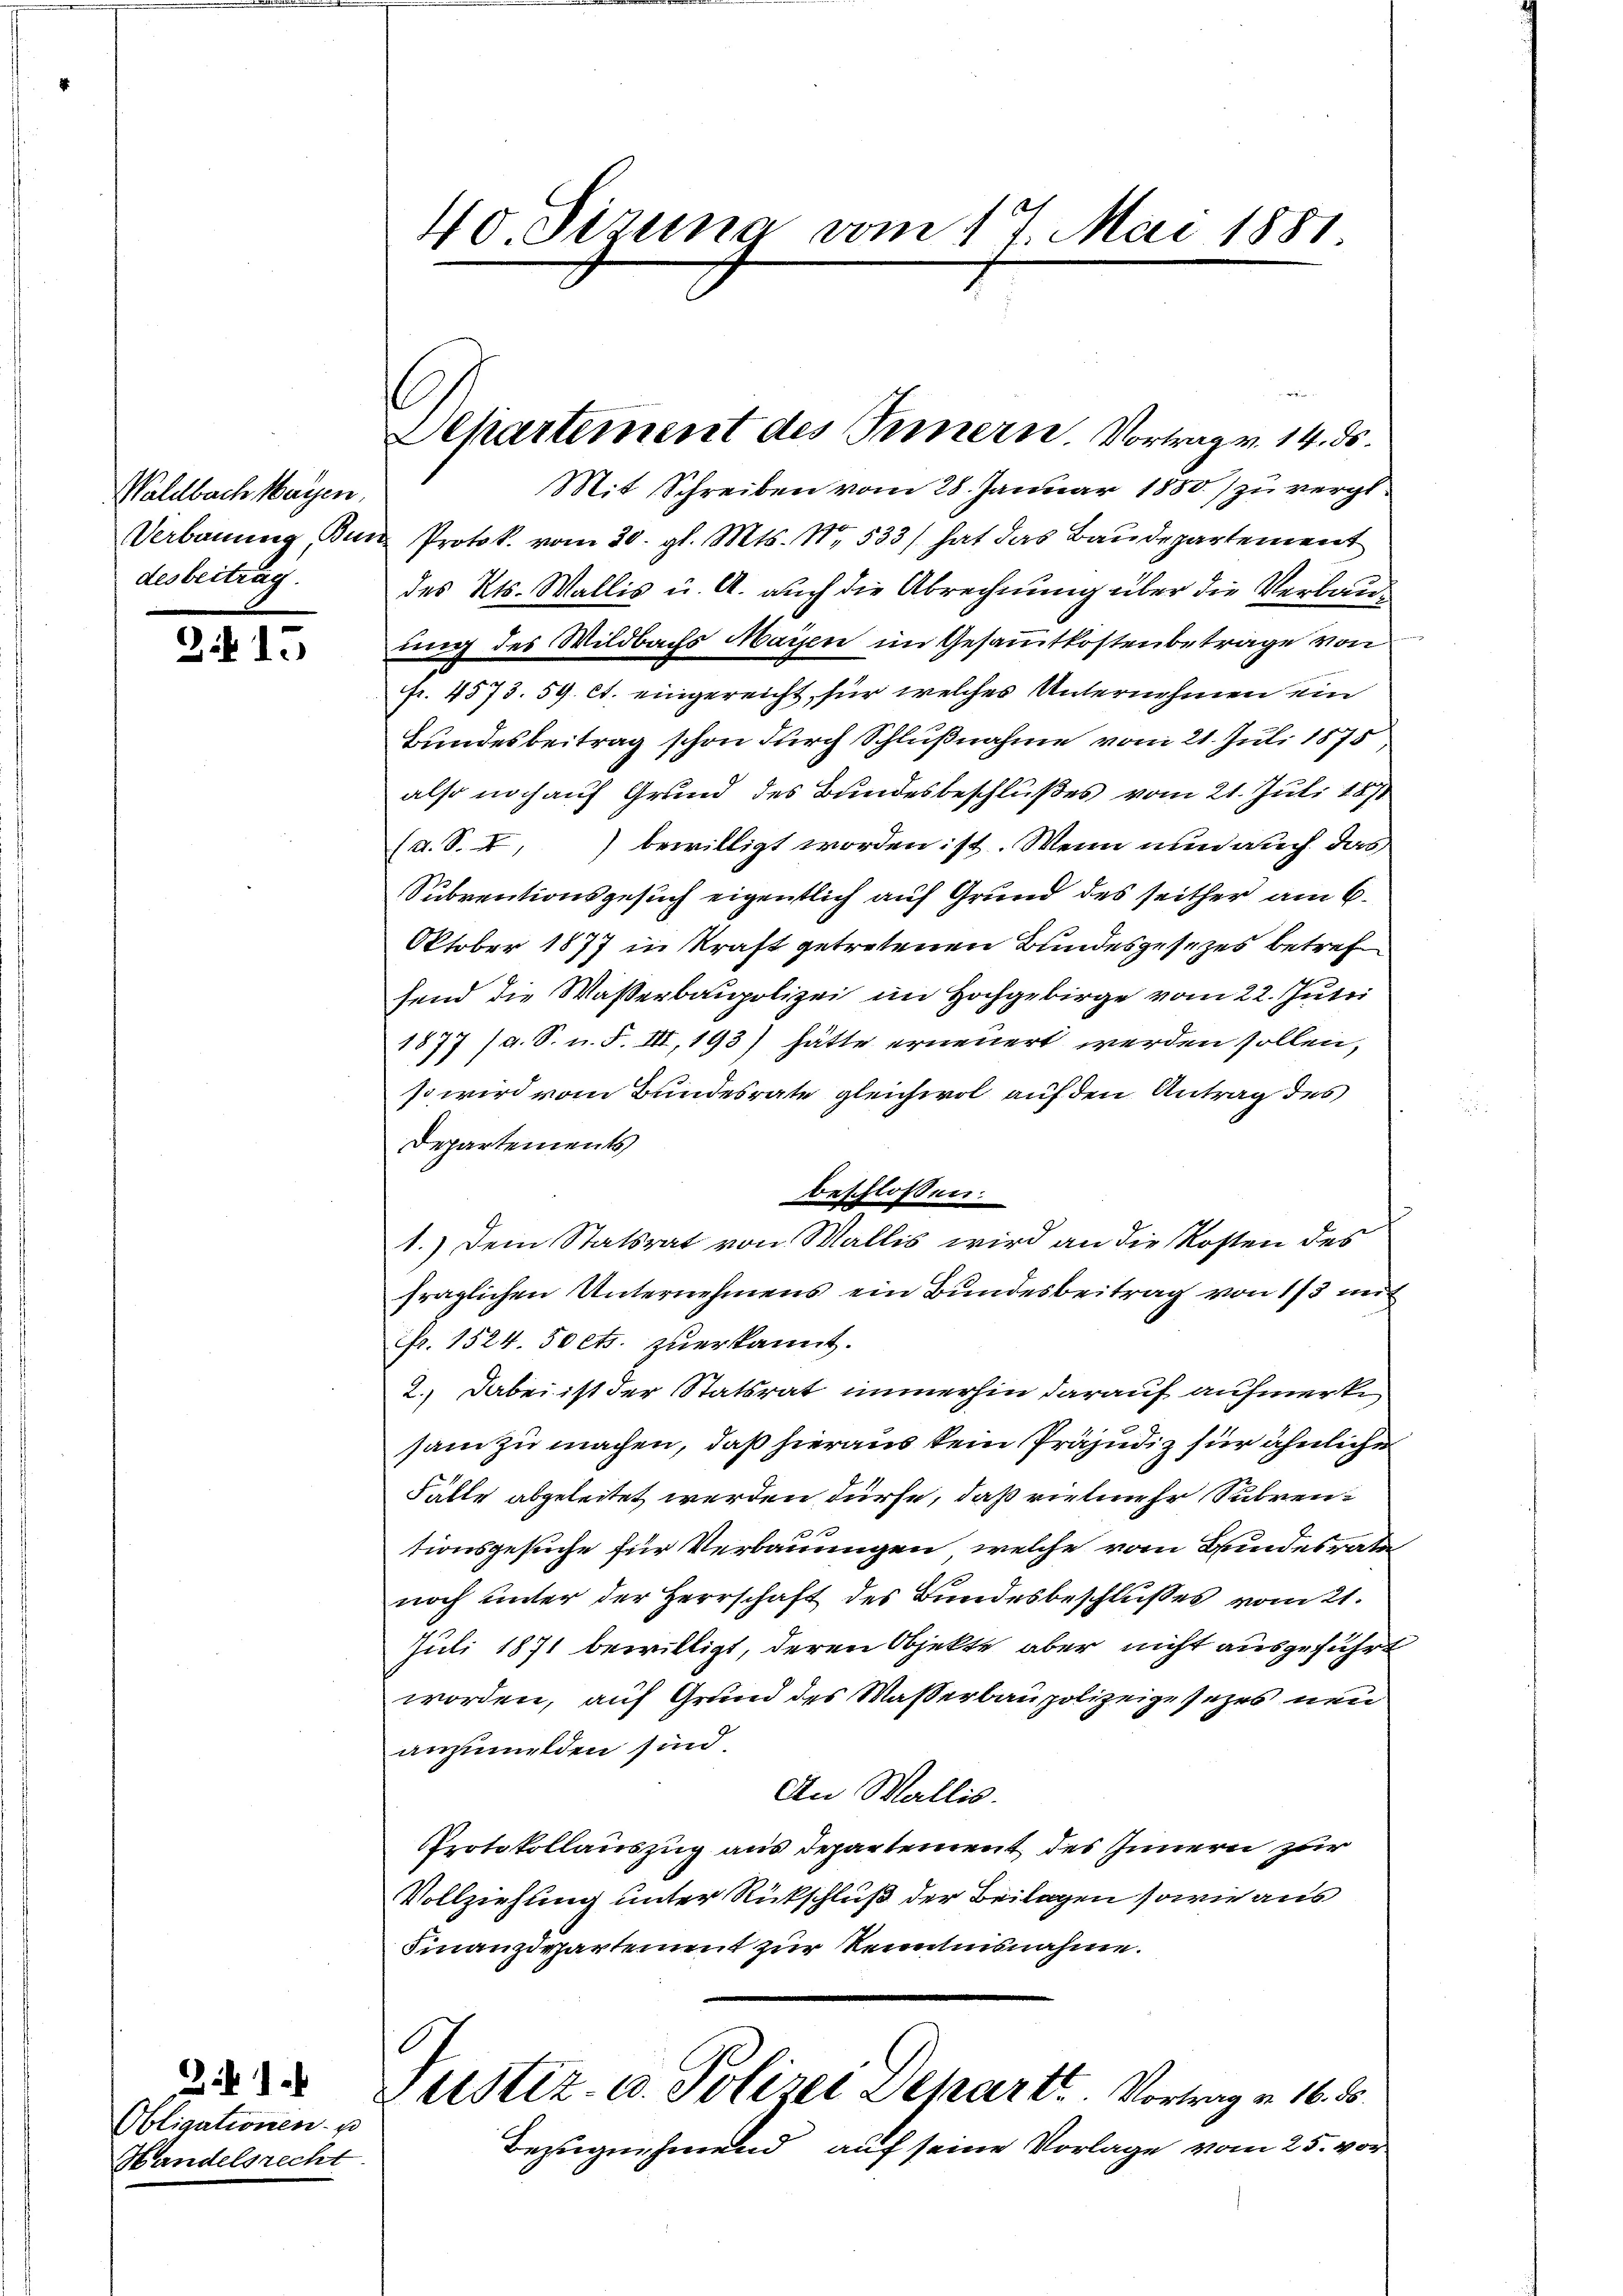
Waldbach Mayen.
desbeitrag.

315

. .
Obligationen u
Handelsrecht

40. Serung vom 17. Mai 1881.

Mit Schreiben vom 28. Januar 1880) zu vergl.
Verbauung, Bun Protok. vom 30. gl. Mts. N. 533) hat das Baudepartement
des Kts. Wallis u. A. auch die Abrechnung über die Verbauung des Wildbachs Mayen im Gesammtkostenbetrage von
Nr. 4573. 59. Ct. eingereicht, für welches Unternehmen ein
Bundesbeitrag schon durch Schlußnahme vom 21. Juli 1875,
also noch auf Grund des Bundesbeschlußes vom 21. Juli 1871
(a. S. I, bewilligt worden ist. Wenn nun auch das
Subventionsgesuch eigentlich auf Grund des seither am 6.
Oktober 1877 in Kraft getretenen Bundesgesezes betreffend die Wasserbaupolizei im Hochgebirge vom 22. Julii
1877 (a. S. n. F. III, 193) hätte erneuert werden sollen,
so wird vom Bundesrate gleichwol auf den Antrag des
Departements
beschlossen:
1.) Dem Statsrat von Wallis wird an die Kosten des
fraglichen Unternehmens ein Bundesbeitrag von 1/3 mit
fr. 1524. 50 cts. zuerkannt.
2.) Dabei ist der Statsrat immerhin darauf aufmerke,
sam zu machen, daß hieraus kein Präjudiz für ähnliche
Fälle abgeleitet werden dürfe, daß vielmehr Subven¬
 xx
tionsgesuche für Verbauungen, welche vom Bundesrate
noch unter der Herrschaft des Bundesbeschlußes vom 21.
Juli 1871 bewilligt, deren Objekte aber nicht ausgeführt
worden, auf Grund des Wasserbaupolizeigesezes neu
anzumelden sind.
An Wallis.
Protokollauszug aus Departement des Innern zur
Vollziehung unter Rückschluß der Beilagen sowie aus
Finanzdepartement zur Kenntnisnahme.
Justiz- u. Polizei Depart. Vortrag v. 16. 8.
Bezugnehmend, auf seine Vorlage vom 25. vor

Departement des Innern. Vortrag v. 14. ds.